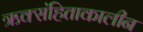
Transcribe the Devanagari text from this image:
ऋक्संहिताकालीन